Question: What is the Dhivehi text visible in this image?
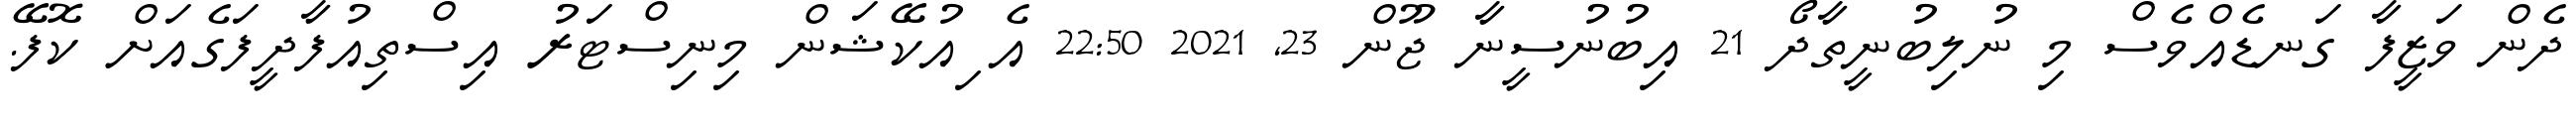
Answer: ދެން ވަޒީފާ ގަނޑެއްވެސް މި ނުލިބުނީތާދޯ 21 އިބުނުސީނާ ޖޫން 23, 2021 22:50 އެޱިއުކޭޝަން މިނިސްޓަރު އިސްތިއުފާދީފަގެއަށް ކޮފޭ.